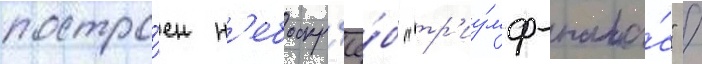
постро́ен н'ебоскр'ё́б "тр'иу́мф-пала́с" /